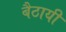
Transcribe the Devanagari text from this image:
बैठायी